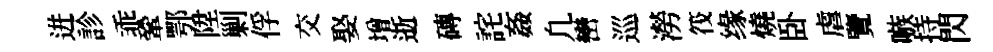
迸診乖鞏鄂陞剿俘交娶増逝磚詫姦凢巒巡澇筏缘燒卧虐覽嗾持閃